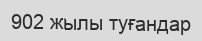
902 жылы туғандар